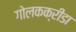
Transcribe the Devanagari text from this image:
गोलकक्रीडा